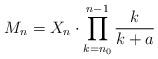
LaTeX: \begin{align*} M_n = X_n\cdot\prod_{k=n_0}^{n-1} \frac{k}{k+a} \end{align*}